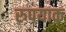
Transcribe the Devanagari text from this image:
रुपयाक